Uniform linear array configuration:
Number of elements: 8
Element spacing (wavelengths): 1
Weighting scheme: binomial
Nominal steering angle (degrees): -45
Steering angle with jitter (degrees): -43.666
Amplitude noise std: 0.05
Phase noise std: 0.05

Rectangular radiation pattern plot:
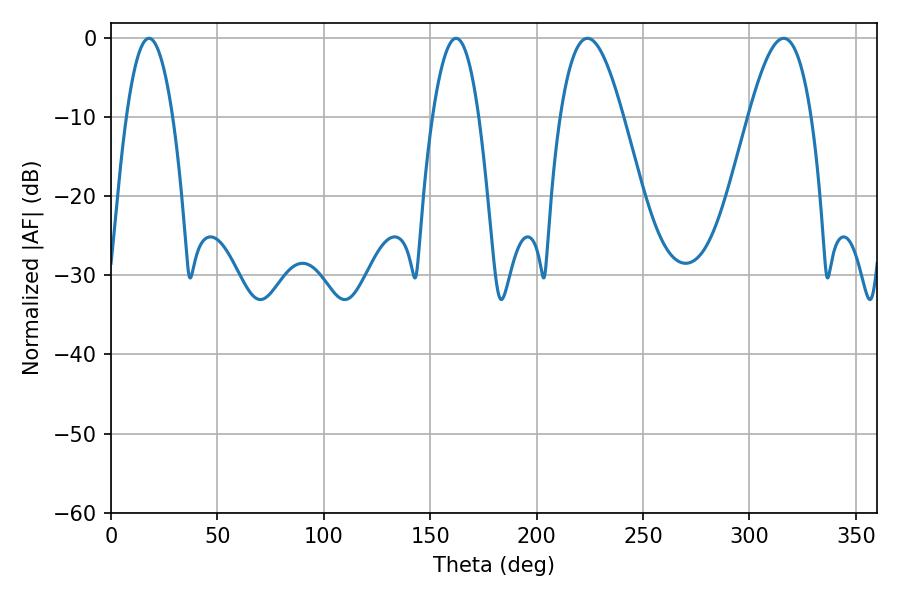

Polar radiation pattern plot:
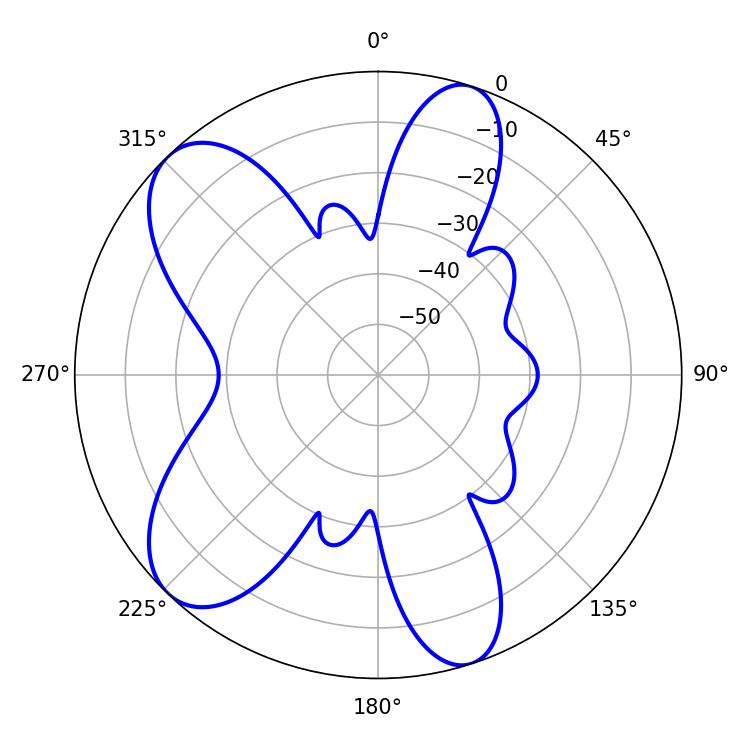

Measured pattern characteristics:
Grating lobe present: TRUE
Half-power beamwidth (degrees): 16.02
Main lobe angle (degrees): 223.92